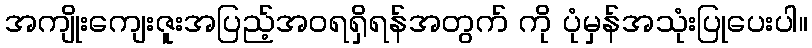
အကျိုးကျေးဇူးအပြည့်အဝရရှိရန်အတွက် ကို ပုံမှန်အသုံးပြုပေးပါ။